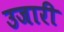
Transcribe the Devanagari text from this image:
उजारी